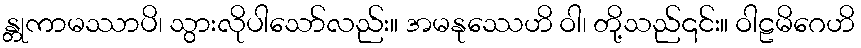
န္တုကာမဿာပိ၊ သွားလိုပါသော်လည်း။ အမနုဿေဟိ ဝါ၊ တို့သည်၎င်း။ ဝါဠမိဂေဟိ